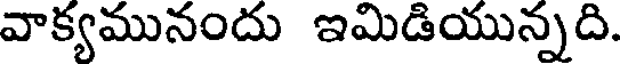
వాక్యమునందు ఇమిడియున్నది.